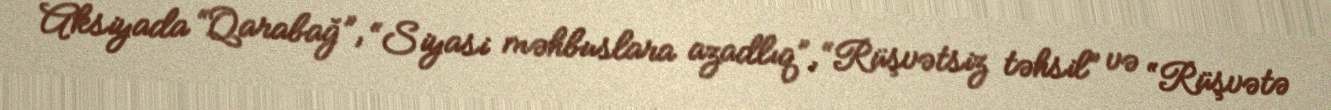
Aksiyada “Qarabağ”, “Siyasi məhbuslara azadlıq”, “Rüşvətsiz təhsil” və “Rüşvətə